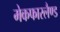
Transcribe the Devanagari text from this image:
मेकफारलैण्ड